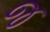
જ